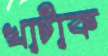
খাটাক